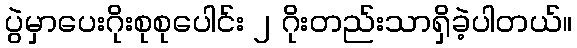
ပွဲမှာပေးဂိုးစုစုပေါင်း ၂ ဂိုးတည်းသာရှိခဲ့ပါတယ်။